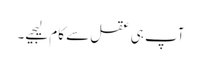
آپ ہی عقل سے کام لیجیے۔